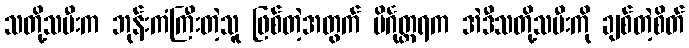
သတို့သမီးက ဘုန်းကံကြီးတဲ့သူ ဖြစ်တဲ့အတွက် ပိင်္ဂုတ္တရက အဲဒီသတို့သမီးကို ချစ်တဲ့စိတ်